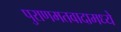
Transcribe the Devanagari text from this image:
पुराणमतवादामध्ये